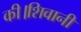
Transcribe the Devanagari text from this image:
की।शिवानी